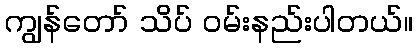
ကျွန်တော် သိပ် ဝမ်းနည်းပါတယ်။